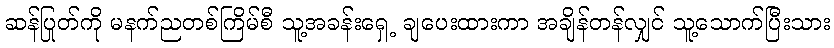
ဆန်ပြုတ်ကို မနက်ညတစ်ကြိမ်စီ သူ့အခန်းရှေ့ ချပေးထားကာ အချိန်တန်လျှင် သူ့သောက်ပြီးသား